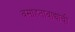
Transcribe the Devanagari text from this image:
वसाहतावाद्यांची